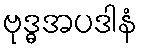
ဗုဒ္ဓအပဒါနံ